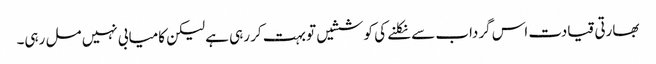
بھارتی قیادت اس گرداب سے نکلنے کی کوششیں تو بہت کر رہی ہے لیکن کامیابی نہیں مل رہی۔